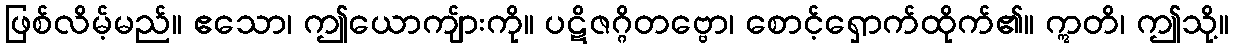
ဖြစ်လိမ့်မည်။ ဧသော၊ ဤယောကျ်ားကို။ ပဋိဇဂ္ဂိတဗ္ဗော၊ စောင့်ရှောက်ထိုက်၏။ ဣတိ၊ ဤသို့။